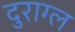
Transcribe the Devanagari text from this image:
दुराग्ल